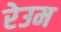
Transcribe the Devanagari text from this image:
रेउम